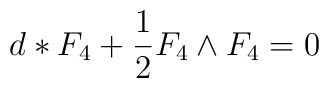
d*F_{4}+\frac{1}{2}F_{4}\wedge F_{4}=0